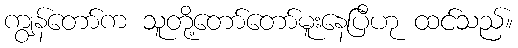
ကျွန်တော်က သူတို့တော်တော်မူးနေပြီဟု ထင်သည်။